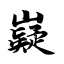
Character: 嶷